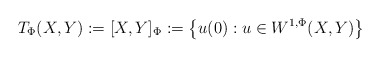
\begin{align*}T_{\Phi}(X,Y):= [X,Y]_{\Phi}:= \left\{ u(0): u\in W^{1,\Phi}(X,Y) \right\} \end{align*}